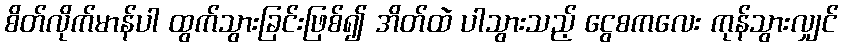
စိတ်လိုက်မာန်ပါ ထွက်သွားခြင်းဖြစ်၍ အိတ်ထဲ ပါသွားသည့် ငွေစကလေး ကုန်သွားလျှင်